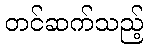
တင်ဆက်သည့်